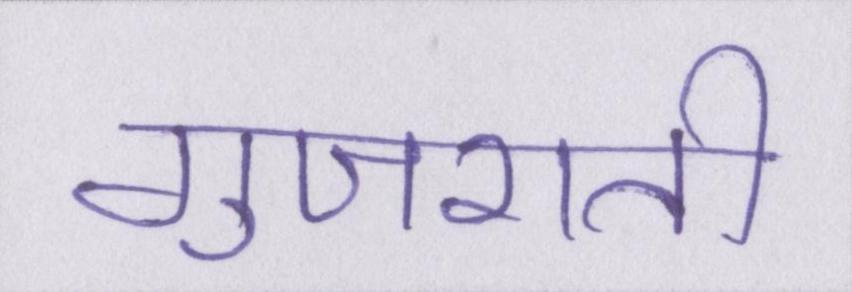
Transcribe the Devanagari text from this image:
गुजराती